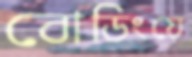
বোডিংয়ে